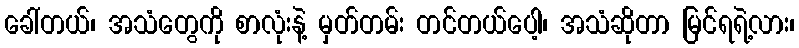
ခေါ်တယ်၊ အသံတွေကို စာလုံးနဲ့ မှတ်တမ်း တင်တယ်ပေါ့၊ အသံဆိုတာ မြင်ရရဲ့လား၊